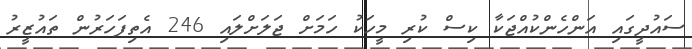
ސައުދީގައި އަންހެންކުއްޖަކާ ކިސް ކުރި މީހަކު ހަމަށް ޖަލަށްލައި 246 އެތިފަހަރުން ތައުޒީރު